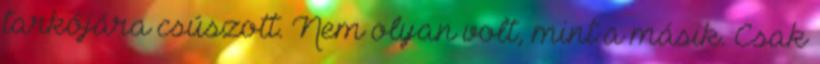
tarkójára csúszott. Nem olyan volt, mint a másik. Csak